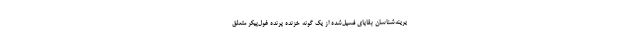
یرینه‌شناسان بقایای فسیل‌شده از یک گونه خزنده پرنده غول‌پیکر متعلق